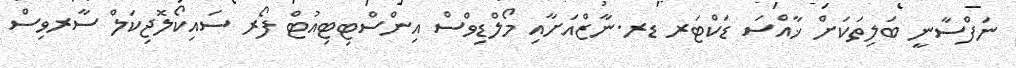
ނަފްސާނީ ބަލިތަކަށް ޚާއްސަ ޑަކްޓަރ ޑރ.ނާޒްއަށާއި މޯލްޑިވްސް އިންސްޓިޓިއުޓް ފޯރ ސައިކޯލޮޖިކަލް ސާރވިސް